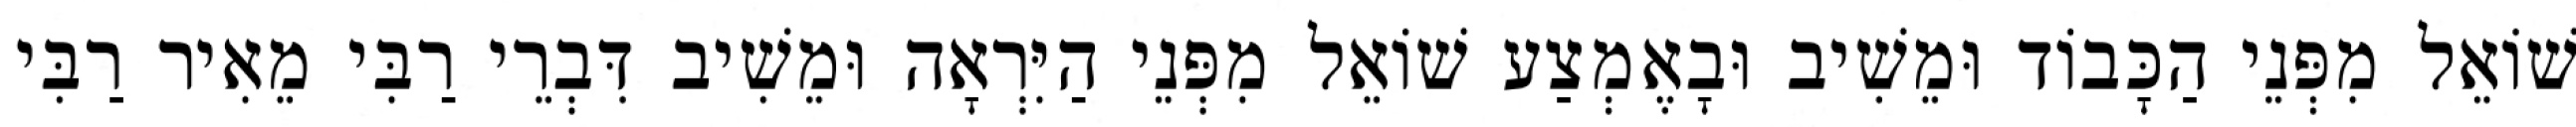
שׁוֹאֵל מִפְּנֵי הַכָּבוֹד וּמֵשִׁיב וּבָאֶמְצַע שׁוֹאֵל מִפְּנֵי הַיִּרְאָה וּמֵשִׁיב דִּבְרֵי רַבִּי מֵאִיר רַבִּי